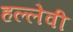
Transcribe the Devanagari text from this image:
हल्लेवी